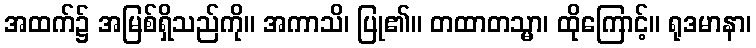
အထက်၌ အမြစ်ရှိသည်ကို။ အကာသိ၊ ပြု၏။ တထာတသ္မာ၊ ထိုကြောင့်။ ရုဒမာနာ၊